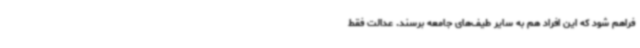
فراهم شود که این افراد هم به سایر طیف‌های جامعه برسند. عدالت فقط